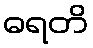
ဓရတိ